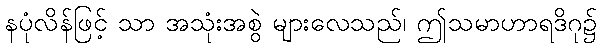
နပုံလိန်ဖြင့် သာ အသုံးအစွဲ များလေသည်၊ ဤသမာဟာရဒိဂု၌